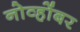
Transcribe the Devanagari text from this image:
नोव्होंबर